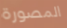
المصورة